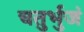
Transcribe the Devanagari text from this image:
चतुर्भुजं